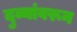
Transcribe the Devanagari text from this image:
दुव्यांवरून